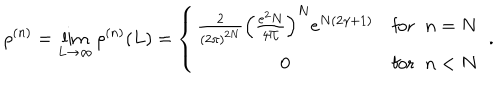
\rho ^ { ( n ) } = \lim _ { L \rightarrow \infty } \rho ^ { ( n ) } ( L ) = \left\{ \begin{array} { c r } { { \frac { 2 } { ( 2 \pi ) ^ { 2 N } } \Big ( \frac { e ^ { 2 } N } { 4 \Pi } \Big ) ^ { N } e ^ { N ( 2 \gamma + 1 ) } } } & { { \mathrm { f o r } \; \; n = N } } \\ { { 0 } } & { { \mathrm { f o r } \; \; n < N } } \\ \end{array} \right. \; .